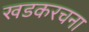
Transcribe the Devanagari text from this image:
खडकरचना